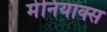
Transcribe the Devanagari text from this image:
मेनियाक्स